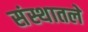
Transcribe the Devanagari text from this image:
संस्थातले